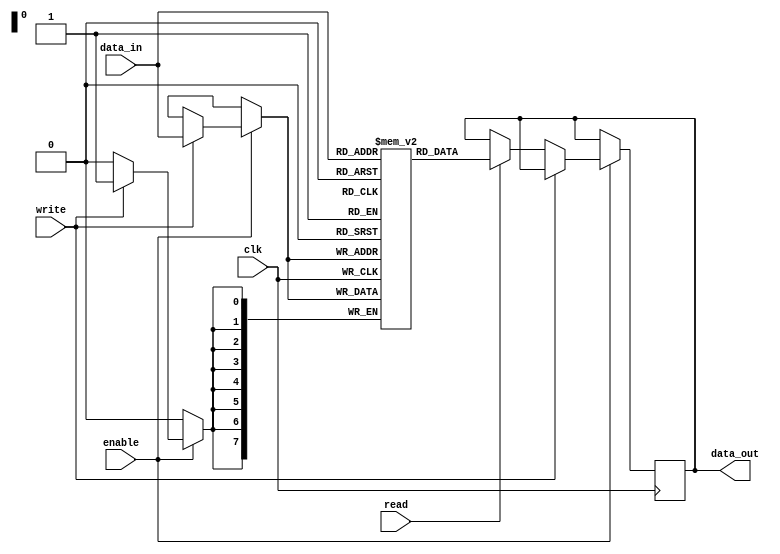
module memory_block (
    input wire clk,
    input wire enable,
    input wire read,
    input wire write,
    input wire [7:0] data_in,
    output reg [7:0] data_out
);
    reg [7:0] memory [0:255]; // 256 x 8-bit memory

    always @(posedge clk) begin
        if (enable) begin
            if (write) begin
                // Write data to memory
                memory[data_in[7:0]] <= data_in; // Using data_in as address
            end else if (read) begin
                // Read data from memory
                data_out <= memory[data_in[7:0]]; // Using data_in as address
            end
        end
    end
endmodule